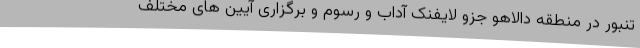
تنبور در منطقه دالاهو جزو لایفنک آداب و رسوم و برگزاری آیین های مختلف